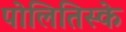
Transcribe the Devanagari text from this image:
पोलितिस्के